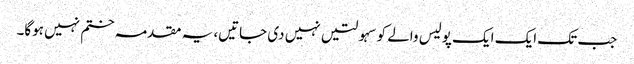
جب تک ایک ایک پولیس والے کو سہولتیں نہیں دی جاتیں، یہ مقدمہ ختم نہیں ہوگا۔